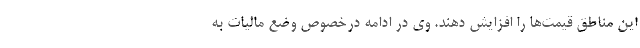
این مناطق قیمت‌ها را افزایش دهند. وی در ادامه درخصوص وضع مالیات به